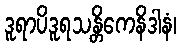
ဒူရာပိဒူရသန္တိကေနိဒါနံ၊